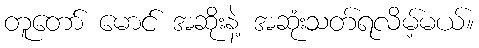
တူတော် မောင် အဆိုးနဲ့ အဆုံးသတ်ရလိမ့်မယ်။